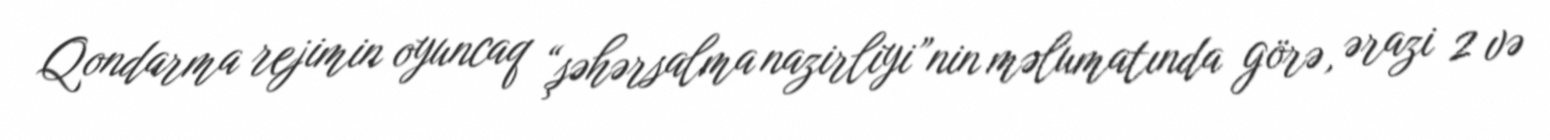
Qondarma rejimin oyuncaq “şəhərsalma nazirliyi”nin məlumatında görə, ərazi 2 və